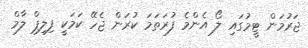
ޖަރުމަން ޓީމުގައި ލޯ އެންމެ ފުރަތަމަ ކުރަން ޖެހޭ ކަމަކީ ފިލިޕް ލާމް